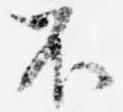
不